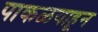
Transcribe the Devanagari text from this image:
पाकळयाहून